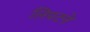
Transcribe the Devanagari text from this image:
लिपटने